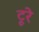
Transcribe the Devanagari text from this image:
टूरे